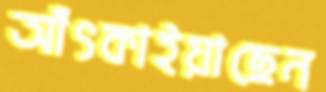
আঁৎকাইয়াছেন